Civil Veterinary Dept. Assam report 1927-50 - 1927-1950
Year: 1927
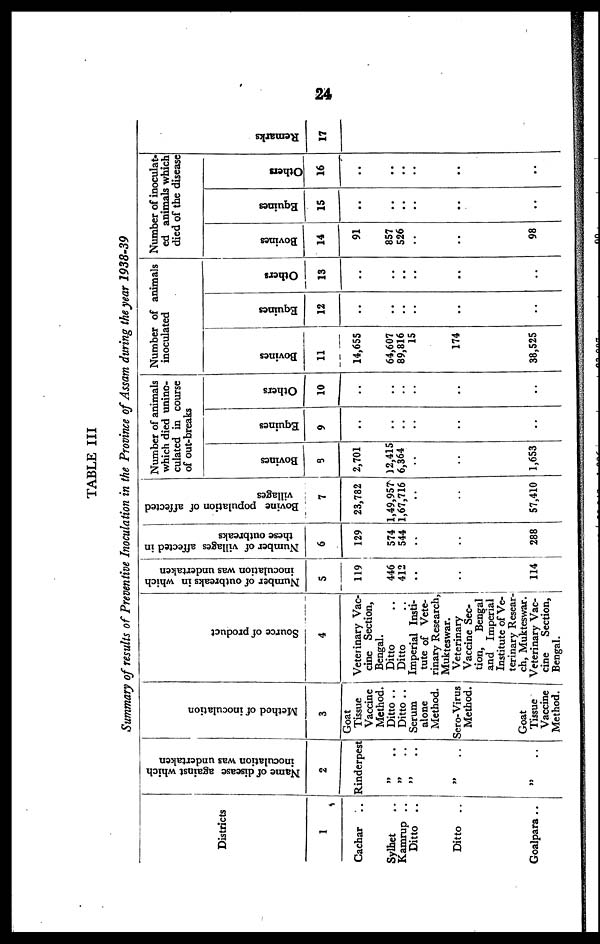
24
TABLE III
Summary of results of Preventive Inoculation in the Province of Assam during the year 1938-39
Districts
1
Cachar ..
Sylhet ..
Kamrup ..
Ditto ..
Ditto ..
Goalpara ..
Name of disease against which
inoculation was undertaken
i
Rinderpest
„ ..
„ ..
„ ..
„ ..
„ ..
Method of inoculation
1 3
Goat
Tissue
Vaccine
Method.
Ditto ..
Ditto ..
Serum
alone
Method.
Scro-Virus
Method.
Goat
Tissue
Vaccine
Method.
Source of product
4
Veterinary Vac-
cine Section,
Bengal.
Ditto
Ditto
Imperial Insti-
tute of Vete-
rinary Research,
Mukteswar.
Veterinary
Vaccine Sec-
tion,
Bengal
and Imperial
Institute of Ve-
terinary Resear-
ch, Mukteswar.
Veterinary Vac-
cine
Section,
Bengal.
Number of outbreaks in which
inoculation was undertaken
5
119
446
412
..
..
114
Number of villages affected in
these outbreaks
6
129
574
544
....
..
288
Bovine population of affected
villages
7
23,782
1,49,957
1,67,716
..
..
57,410
Number of animals i
which died unino-
culated in course
of out-breaks
i
Bovines
9
2,701
12,415
6,364
..
..
1,653
Equines
9
..
..
..
..
..
..
Others
| 10
..
..
..
..
..
..
Number of animals
inoculated
Bovines
11
14,655
64,607
89,816
15
174
38,525
Equines
12
..
..
..
..
..
..
Others
13
..
..
..
..
..
..
Number of inoculat-
ed animals which
died of the disease
Bovines
14
91
857
526
..
..
98
Equines
15
..
..
..
..
..
..
others
16
..
..
..
..
..
..
Remarks
17